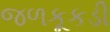
જળકૂકડી